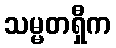
သမ္မတရှီက